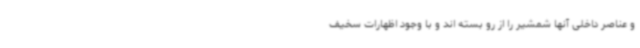
و عناصر داخلی آنها شمشیر را از رو بسته اند و با وجود اظهارات سخیف